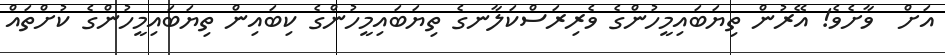
އަށް  ވާށެވެ! އޭރުން ތިޔަބައިމީހުންގެ ވެރިރަސްކަލާނގެ ތިޔަބައިމީހުންގެ ކިބައިން ތިޔަބައިމީހުންގެ ކުށްތައް